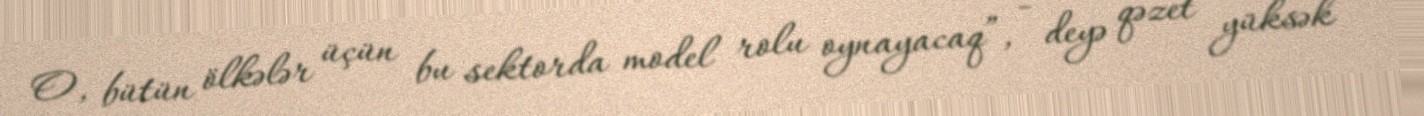
O, bütün ölkələr üçün bu sektorda model rolu oynayacaq”, - deyə qəzet yüksək